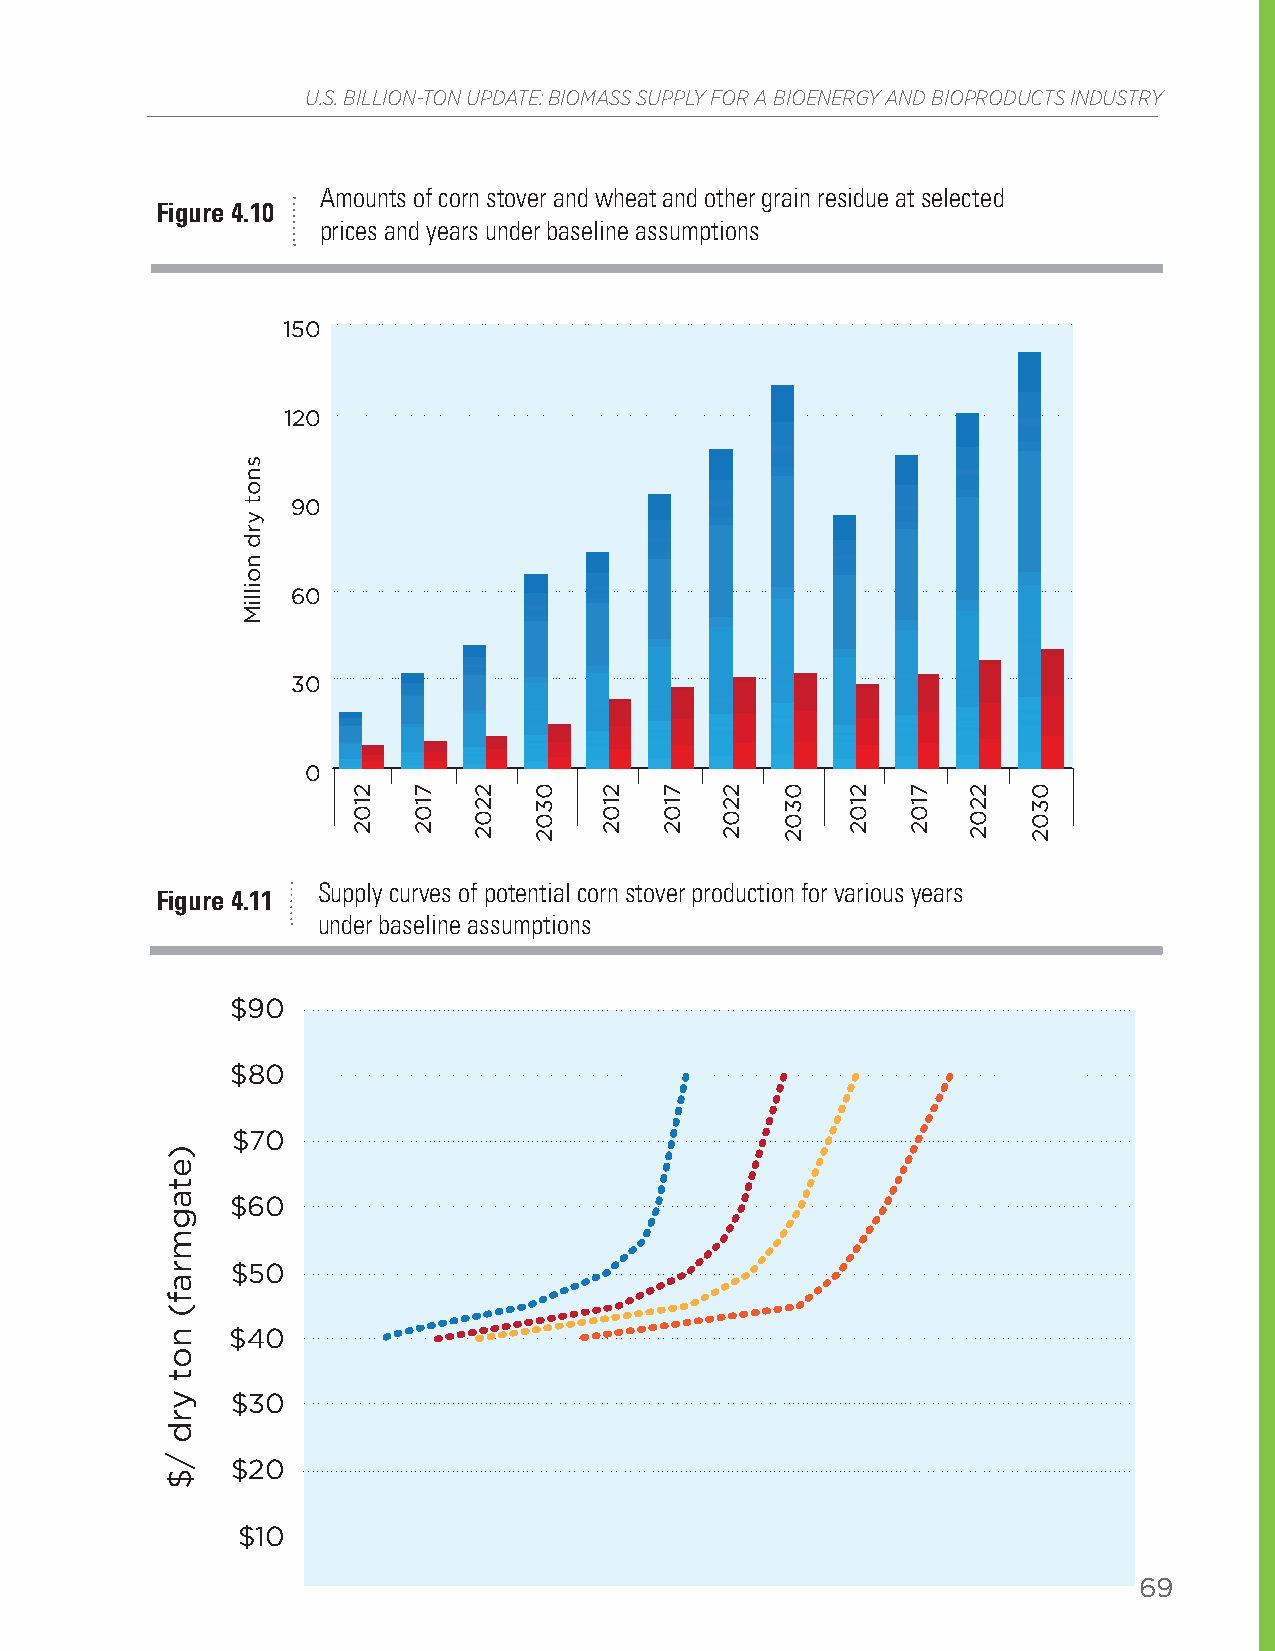
U.S. BILLION-TON UPDATE: BIOMASS SUPPLY FOR A BIOENERGY AND BIOPRODUCTS INDUSTRY
 Amounts of corn stover and wheat and other grain residue at selected
 Figure 4.10
 prices and years under baseline assumptions
 150
 120
 90
 60
 30
 0
 <$40 dry tons   <$50 dry tons    <$60 dry tons
 Supply curves of potential corn stover production for various years
 Figure 4.11
 under baseline assumptions
 Corn Stover  Wheat straw &
 other grain residue
 $90
 $80
 $70
 $60
 $50
 $40
 $30
 $20
 $10
 69
 $0
 0             50           100           150          200
 Million dry tons
 2012         2017          2022         2030
 )etagmraf(
 not
 yrd
 /$
 snot
 yrd
 noilliM
 2102 7102 2202 0302 2102 7102 2202 0302 2102 7102 2202 0302